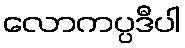
လောကပ္ပဒီပါ